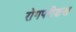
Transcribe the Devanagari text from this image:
रोगपरीक्षण